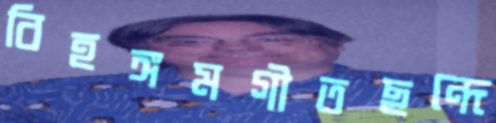
বিহঙ্গমগীতছন্দে